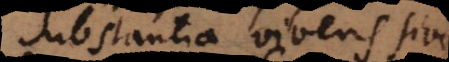
Substantia vivens sive